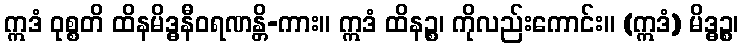
ဣဒံ ဝုစ္စတိ ထိနမိဒ္ဓနီဝရဏန္တိ-ကား။ ဣဒံ ထိနဉ္စ၊ ကိုလည်းကောင်း။ (ဣဒံ) မိဒ္ဓဉ္စ၊